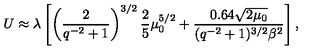
U \approx \lambda \left[ \left( \frac { 2 } { q ^ { - 2 } + 1 } \right) ^ { 3 / 2 } \frac { 2 } { 5 } \mu _ { 0 } ^ { 5 / 2 } + \frac { 0 . 6 4 \sqrt { 2 \mu _ { 0 } } } { ( q ^ { - 2 } + 1 ) ^ { 3 / 2 } \beta ^ { 2 } } \right] ,